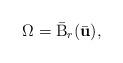
LaTeX: \begin{align*}\Omega =\bar{\mathrm{B}}_{r}(\bar{\textbf{u}}), \end{align*}